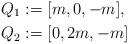
LaTeX: \begin{align*}Q_1&:=[m,0,-m],\\Q_2&:=[0,2m,-m]\end{align*}